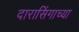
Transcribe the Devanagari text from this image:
दारासिंगाच्या